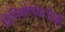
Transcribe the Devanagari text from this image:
विनिर्माणकर्ताओं